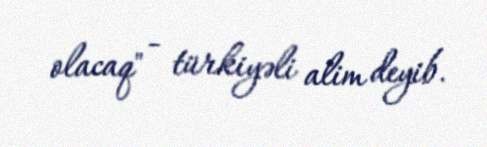
olacaq" - türkiyəli alim deyib.